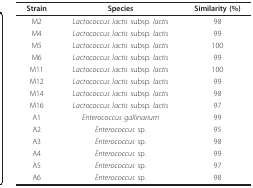
<table><thead><tr><td><b>Strain</b></td><td><b>Species</b></td><td><b>Similarity (%)</b></td></tr></thead><tbody><tr><td>M2</td><td><i>Lactococcus lactis </i>subsp. <i>lactis</i></td><td>98</td></tr><tr><td>M4</td><td><i>Lactococcus lactis </i>subsp. <i>lactis</i></td><td>99</td></tr><tr><td>M5</td><td><i>Lactococcus lactis </i>subsp. <i>lactis</i></td><td>100</td></tr><tr><td>M6</td><td><i>Lactococcus lactis </i>subsp. <i>lactis</i></td><td>99</td></tr><tr><td>M11</td><td><i>Lactococcus lactis </i>subsp. <i>lactis</i></td><td>100</td></tr><tr><td>M12</td><td><i>Lactococcus lactis </i>subsp. <i>lactis</i></td><td>99</td></tr><tr><td>M14</td><td><i>Lactococcus lactis </i>subsp. <i>lactis</i></td><td>98</td></tr><tr><td>M16</td><td><i>Lactococcus lactis </i>subsp. <i>lactis</i></td><td>97</td></tr><tr><td>A1</td><td><i>Enterococcus gallinarium</i></td><td>99</td></tr><tr><td>A2</td><td><i>Enterococcus </i>sp.</td><td>95</td></tr><tr><td>A3</td><td><i>Enterococcus </i>sp.</td><td>98</td></tr><tr><td>A4</td><td><i>Enterococcus </i>sp.</td><td>99</td></tr><tr><td>A5</td><td><i>Enterococcus </i>sp.</td><td>97</td></tr><tr><td>A6</td><td><i>Enterococcus </i>sp.</td><td>98</td></tr></tbody></table>